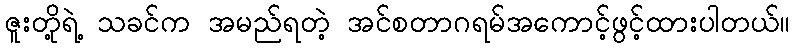
ဇူးတို့ရဲ့ သခင်က အမည်ရတဲ့ အင်စတာဂရမ်အကောင့်ဖွင့်ထားပါတယ်။